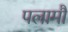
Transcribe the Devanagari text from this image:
पलामौ